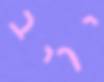
יריב